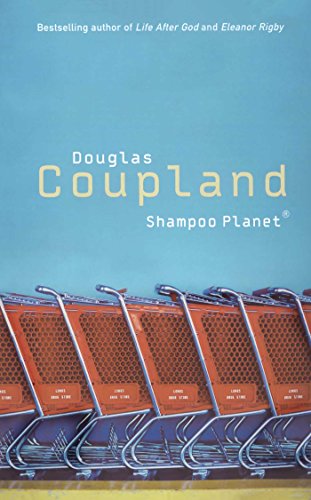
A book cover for Shampoo Planet; Douglas Coupland; Literature & Fiction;